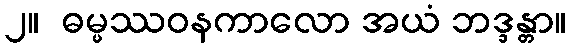
၂။  ဓမ္မဿဝနကာလော အယံ ဘဒ္ဒန္တာ။